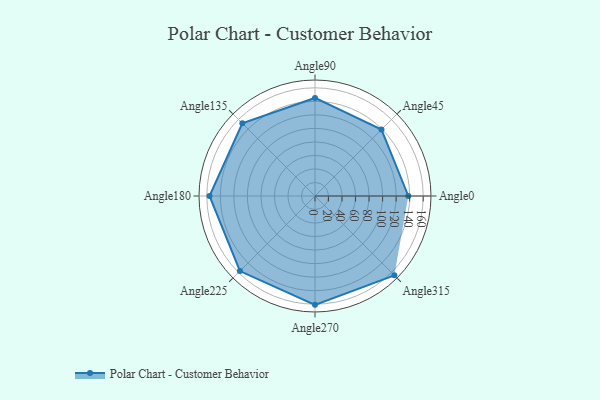
{"axis": {"x": "Angle", "y": "Radius"}, "legend": [""], "data": [{"x": "Angle0", "y": 138.0, "type": ""}, {"x": "Angle45", "y": 139.0, "type": ""}, {"x": "Angle90", "y": 145.0, "type": ""}, {"x": "Angle135", "y": 152.0, "type": ""}, {"x": "Angle180", "y": 156.0, "type": ""}, {"x": "Angle225", "y": 157.0, "type": ""}, {"x": "Angle270", "y": 161.0, "type": ""}, {"x": "Angle315", "y": 166.0, "type": ""}]}